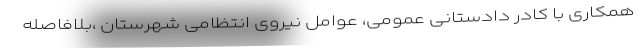
همکاری با کادر دادستانی عمومی، عوامل نیروی انتظامی شهرستان ،بلافاصله